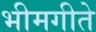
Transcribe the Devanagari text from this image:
भीमगीते